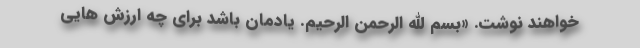
خواهند نوشت. «بسم الله الرحمن الرحیم. یادمان باشد برای چه ارزش هایی